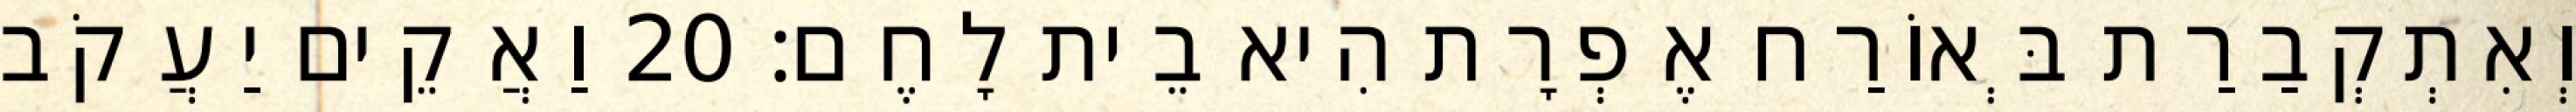
וְאִתְקְבַרַת בְּאוֹרַח אֶפְרָת הִיא בֵית לָחֶם׃ 20 וַאֲקֵים יַעֲקֹב